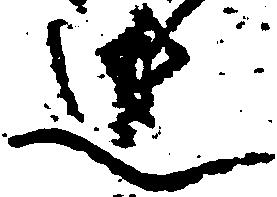
辻